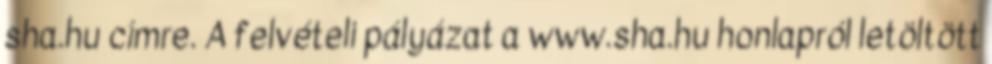
sha.hu címre. A felvételi pályázat a www.sha.hu honlapról letöltött